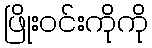
ဖြိုးဝင်းကိုကို